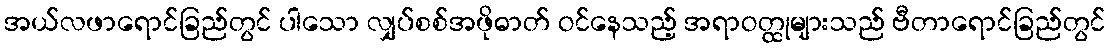
အယ်လဖာရောင်ခြည်တွင် ပါသော လျှပ်စစ်အဖိုဓာတ် ဝင်နေသည့် အရာဝတ္ထုများသည် ဗီတာရောင်ခြည်တွင်